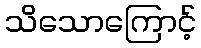
သိသောကြောင့်